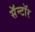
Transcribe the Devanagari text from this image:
सॅन्टॉर